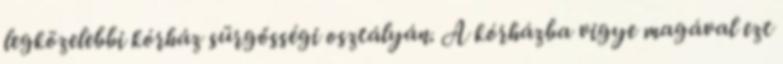
legközelebbi kórház sürgősségi osztályán. A kórházba vigye magával ezt